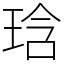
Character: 琀